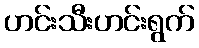
ဟင်းသီးဟင်းရွက်